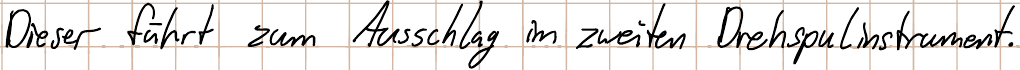
Dieser führt zum Ausschlag im zweiten Drehspulinstrument.